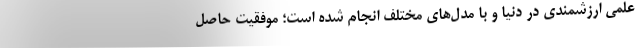
علمی ارزشمندی در دنیا و با مدل‌های مختلف انجام شده است؛ موفقیت حاصل